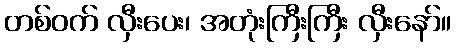
တစ်ဝက် လှီးပေး၊ အတုံးကြီးကြီး လှီးနော်။